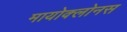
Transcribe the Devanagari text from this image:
मायोक्लोनस